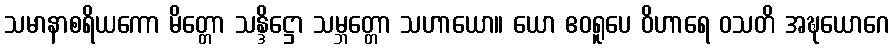
သမာနာစရိယကော မိတ္တော သန္ဒိဋ္ဌော သမ္ဘတ္တော သဟာယော။ ယော ဧဝရူပေ ဝိဟာရေ ဝသတိ အဍ္ဎယောဂေ